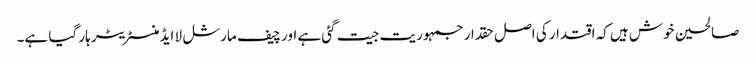
صالحین خوش ہیں کہ اقتدار کی اصل حقدار جمہوریت جیت گئی ہے اور چیف مارشل لا ایڈمنسٹریٹر ہار گیا ہے۔